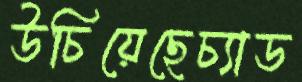
উচিয়েছেচ্যাড